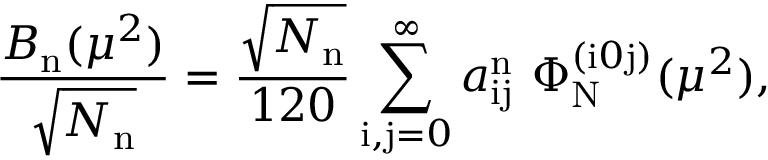
\frac { B _ { \mathrm { n } } ( \mu ^ { 2 } ) } { \sqrt { N _ { \mathrm { n } } } } = \frac { \sqrt { N _ { \mathrm { n } } } } { 1 2 0 } \sum _ { \mathrm { i , j } = 0 } ^ { \infty } a _ { \mathrm { i j } } ^ { \mathrm { n } } \ \Phi _ { \mathrm { N } } ^ { ( \mathrm { i } 0 \mathrm { j } ) } ( \mu ^ { 2 } ) ,